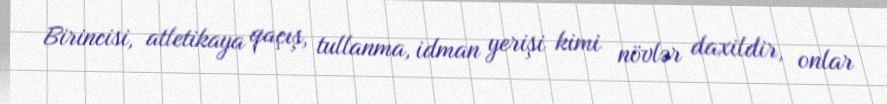
Birincisi, atletikaya qaçış, tullanma, idman yerişi kimi növlər daxildir, onlar